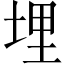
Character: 埋